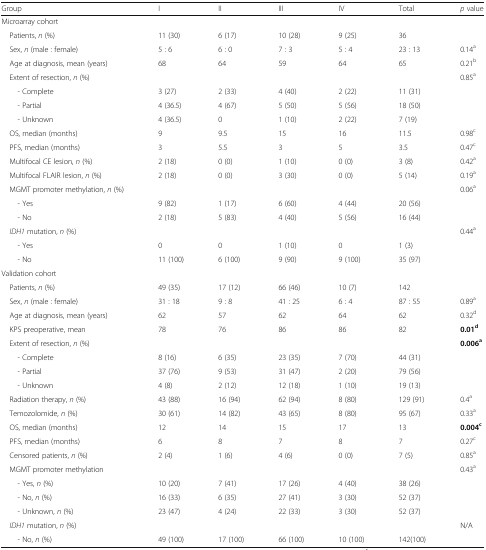
<table><thead><tr><td><b>Group</b></td><td><b>I</b></td><td><b>II</b></td><td><b>III</b></td><td><b>IV</b></td><td><b>Total</b></td><td><b><i>p</i> value</b></td></tr></thead><tbody><tr><td colspan="7">Microarray cohort</td></tr><tr><td> Patients, <i>n</i> (%)</td><td>11 (30)</td><td>6 (17)</td><td>10 (28)</td><td>9 (25)</td><td>36</td><td></td></tr><tr><td> Sex, <i>n</i> (male : female)</td><td>5 : 6</td><td>6 : 0</td><td>7 : 3</td><td>5 : 4</td><td>23 : 13</td><td>0.14<sup>a</sup></td></tr><tr><td> Age at diagnosis, mean (years)</td><td>68</td><td>64</td><td>59</td><td>64</td><td>65</td><td>0.21<sup>b</sup></td></tr><tr><td> Extent of resection, <i>n</i> (%)</td><td></td><td></td><td></td><td></td><td></td><td>0.85<sup>a</sup></td></tr><tr><td>- Complete</td><td>3 (27)</td><td>2 (33)</td><td>4 (40)</td><td>2 (22)</td><td>11 (31)</td><td></td></tr><tr><td>- Partial</td><td>4 (36.5)</td><td>4 (67)</td><td>5 (50)</td><td>5 (56)</td><td>18 (50)</td><td></td></tr><tr><td>- Unknown</td><td>4 (36.5)</td><td>0</td><td>1 (10)</td><td>2 (22)</td><td>7 (19)</td><td></td></tr><tr><td> OS, median (months)</td><td>9</td><td>9.5</td><td>15</td><td>16</td><td>11.5</td><td>0.98<sup>c</sup></td></tr><tr><td> PFS, median (months)</td><td>3</td><td>5.5</td><td>3</td><td>5</td><td>3.5</td><td>0.47<sup>c</sup></td></tr><tr><td> Multifocal CE lesion, <i>n</i> (%)</td><td>2 (18)</td><td>0 (0)</td><td>1 (10)</td><td>0 (0)</td><td>3 (8)</td><td>0.42<sup>a</sup></td></tr><tr><td> Multifocal FLAIR lesion, <i>n</i> (%)</td><td>2 (18)</td><td>0 (0)</td><td>3 (30)</td><td>0 (0)</td><td>5 (14)</td><td>0.19<sup>a</sup></td></tr><tr><td> MGMT promoter methylation, <i>n</i> (%)</td><td></td><td></td><td></td><td></td><td></td><td>0.06<sup>a</sup></td></tr><tr><td>- Yes</td><td>9 (82)</td><td>1 (17)</td><td>6 (60)</td><td>4 (44)</td><td>20 (56)</td><td></td></tr><tr><td>- No</td><td>2 (18)</td><td>5 (83)</td><td>4 (40)</td><td>5 (56)</td><td>16 (44)</td><td></td></tr><tr><td> <i>IDH1</i> mutation, <i>n</i> (%)</td><td></td><td></td><td></td><td></td><td></td><td>0.44<sup>a</sup></td></tr><tr><td>- Yes</td><td>0</td><td>0</td><td>1 (10)</td><td>0</td><td>1 (3)</td><td></td></tr><tr><td>- No</td><td>11 (100)</td><td>6 (100)</td><td>9 (90)</td><td>9 (100)</td><td>35 (97)</td><td></td></tr><tr><td colspan="7">Validation cohort</td></tr><tr><td> Patients, <i>n</i> (%)</td><td>49 (35)</td><td>17 (12)</td><td>66 (46)</td><td>10 (7)</td><td>142</td><td></td></tr><tr><td> Sex, <i>n</i> (male : female)</td><td>31 : 18</td><td>9 : 8</td><td>41 : 25</td><td>6 : 4</td><td>87 : 55</td><td>0.89<sup>a</sup></td></tr><tr><td> Age at diagnosis, mean (years)</td><td>62</td><td>57</td><td>62</td><td>64</td><td>62</td><td>0.32<sup>d</sup></td></tr><tr><td> KPS preoperative, mean</td><td>78</td><td>76</td><td>86</td><td>86</td><td>82</td><td><b>0.01</b><sup><b>d</b></sup></td></tr><tr><td> Extent of resection, <i>n</i> (%)</td><td></td><td></td><td></td><td></td><td></td><td><b>0.006</b><sup><b>a</b></sup></td></tr><tr><td>- Complete</td><td>8 (16)</td><td>6 (35)</td><td>23 (35)</td><td>7 (70)</td><td>44 (31)</td><td></td></tr><tr><td>- Partial</td><td>37 (76)</td><td>9 (53)</td><td>31 (47)</td><td>2 (20)</td><td>79 (56)</td><td></td></tr><tr><td>- Unknown</td><td>4 (8)</td><td>2 (12)</td><td>12 (18)</td><td>1 (10)</td><td>19 (13)</td><td></td></tr><tr><td> Radiation therapy, <i>n</i> (%)</td><td>43 (88)</td><td>16 (94)</td><td>62 (94)</td><td>8 (80)</td><td>129 (91)</td><td>0.4<sup>a</sup></td></tr><tr><td> Temozolomide, <i>n</i> (%)</td><td>30 (61)</td><td>14 (82)</td><td>43 (65)</td><td>8 (80)</td><td>95 (67)</td><td>0.33<sup>a</sup></td></tr><tr><td> OS, median (months)</td><td>12</td><td>14</td><td>15</td><td>17</td><td>13</td><td><b>0.004</b><sup><b>c</b></sup></td></tr><tr><td> PFS, median (months)</td><td>6</td><td>8</td><td>7</td><td>8</td><td>7</td><td>0.27<sup>c</sup></td></tr><tr><td> Censored patients, <i>n</i> (%)</td><td>2 (4)</td><td>1 (6)</td><td>4 (6)</td><td>0 (0)</td><td>7 (5)</td><td>0.85<sup>a</sup></td></tr><tr><td> MGMT promoter methylation</td><td></td><td></td><td></td><td></td><td></td><td>0.43<sup>a</sup></td></tr><tr><td>- Yes, <i>n</i> (%)</td><td>10 (20)</td><td>7 (41)</td><td>17 (26)</td><td>4 (40)</td><td>38 (26)</td><td></td></tr><tr><td>- No, <i>n</i> (%)</td><td>16 (33)</td><td>6 (35)</td><td>27 (41)</td><td>3 (30)</td><td>52 (37)</td><td></td></tr><tr><td>- Unknown, <i>n</i> (%)</td><td>23 (47)</td><td>4 (24)</td><td>22 (33)</td><td>3 (30)</td><td>52 (37)</td><td></td></tr><tr><td> <i>IDH1</i> mutation, <i>n</i> (%)</td><td></td><td></td><td></td><td></td><td></td><td>N/A</td></tr><tr><td>- No, <i>n</i> (%)</td><td>49 (100)</td><td>17 (100)</td><td>66 (100)</td><td>10 (100)</td><td>142(100)</td><td></td></tr></tbody></table>